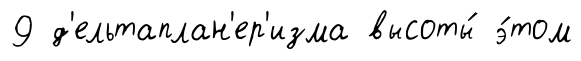
9 д'ельтаплан'ер'изма высоты́ э́том